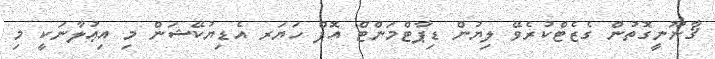
ޤާނޫނީގޮތުން ގެޒެޓްކުރެވޭ ލިޔުން ޑިޕާޓްމަންޓް އޮފް ހަޔަރ އެޑިޔުކޭޝަން މި އިޢުލާނަކީ މި